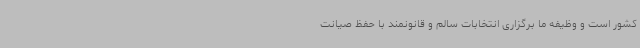
کشور است و وظیفه ما برگزاری انتخابات سالم و قانونمند با حفظ صیانت